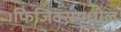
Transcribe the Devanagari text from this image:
फिजिक्समधील